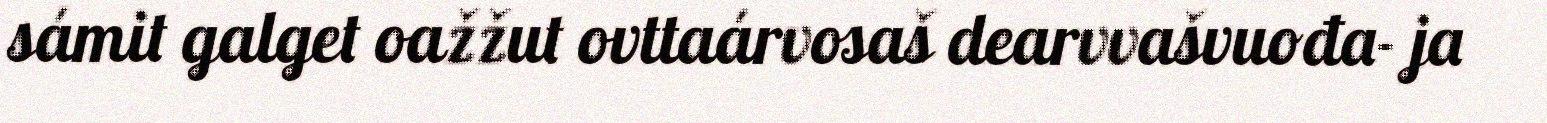
sámit galget oažžut ovttaárvosaš dearvvašvuođa- ja